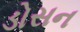
ડોસન